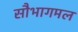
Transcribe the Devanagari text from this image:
सौभागमल